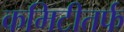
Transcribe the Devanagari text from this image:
कमिटीतर्फ